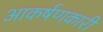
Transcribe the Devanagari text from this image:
आकर्षणकारी